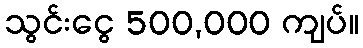
သွင်းငွေ 500,000 ကျပ်။